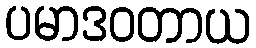
ပမာဒဝတာယ